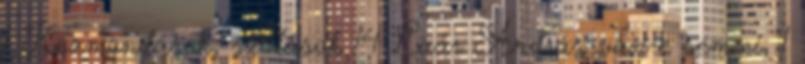
1 Közmondások, szólások 14 Laár András van-e semmi, 1